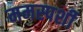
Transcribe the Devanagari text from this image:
ममस्पर्शी